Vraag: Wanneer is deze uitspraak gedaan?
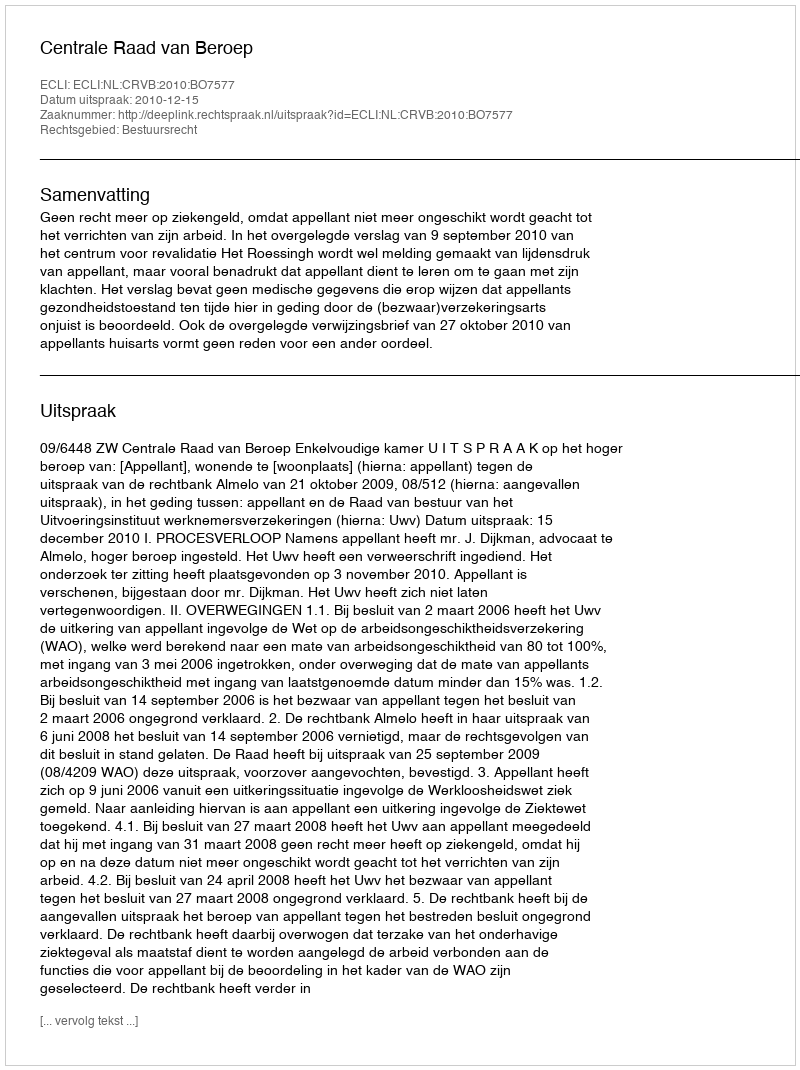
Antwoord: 2010-12-15